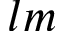
l m